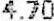
4.70